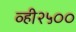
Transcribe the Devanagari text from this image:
व्ही२५००